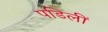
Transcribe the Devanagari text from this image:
पडिलीं